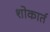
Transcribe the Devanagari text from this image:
शोकार्त